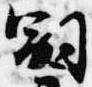
嗣